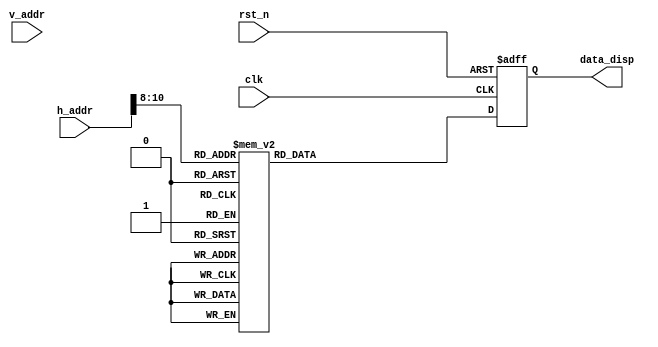
module data_gen(
    input                   clk     ,//
    input                   rst_n   ,//

    input       [11:0]      h_addr  ,//
    input       [11:0]      v_addr  ,//
    
    output  reg [23:0]      data_disp        
);
//
    parameter   BLACK       = 24'h000000,
                RED         = 24'hFF0000,
                GREEN       = 24'h00FF00,
                BLUE        = 24'h0000FF,
                YELLOW      = 24'hFFFF00,
                SKY_BULE    = 24'h00FFFF,
                PURPLE      = 24'hFF00FF,
                GREY        = 24'hC0C0C0,
                WIGHT       = 24'hFFFFFF;

    always@(posedge clk or negedge rst_n)begin
        if(!rst_n)begin
            data_disp <= BLACK;
        end
        else begin
            case({h_addr[10], h_addr[9], h_addr[8]})
                3'd0: data_disp <= RED;         // 
                3'd1: data_disp <= GREEN;       // 
                3'd2: data_disp <= BLUE;        // 
                3'd3: data_disp <= YELLOW;      // 
                3'd4: data_disp <= SKY_BULE;    // 
                3'd5: data_disp <= PURPLE;      // 
                3'd6: data_disp <= GREY;        // 
                3'd7: data_disp <= WIGHT;       // 
                default:data_disp <= data_disp;
            endcase
        end
    end


endmodule